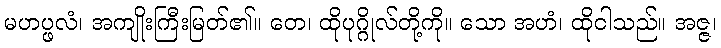
မဟပ္ဖလံ၊ အကျိုးကြီးမြတ်၏။ တေ၊ ထိုပုဂ္ဂိုလ်တို့ကို။ သော အဟံ၊ ထိုငါသည်။ အဇ္ဇ၊